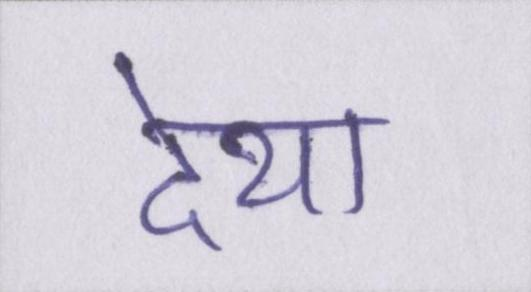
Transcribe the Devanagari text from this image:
देथा